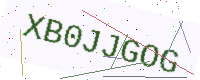
Text: XB0JJGOG